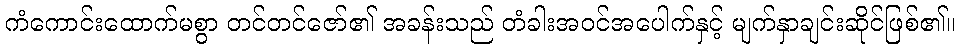
ကံကောင်းထောက်မစွာ တင်တင်ဇော်၏ အခန်းသည် တံခါးအဝင်အပေါက်နှင့် မျက်နှာချင်းဆိုင်ဖြစ်၏။